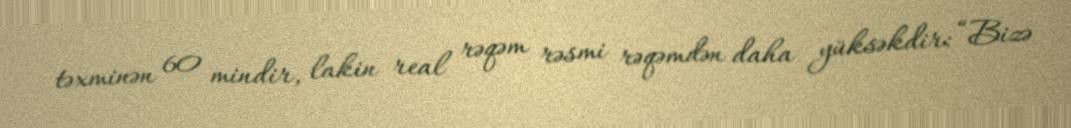
təxminən 60 mindir, lakin real rəqəm rəsmi rəqəmdən daha yüksəkdir: “Bizə